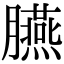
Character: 臙